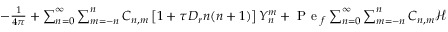
\begin{array} { r } { - \frac { 1 } { 4 \pi } + \sum _ { n = 0 } ^ { \infty } \sum _ { m = - n } ^ { n } C _ { n , m } \left[ 1 + \tau D _ { r } n ( n + 1 ) \right] Y _ { n } ^ { m } + \mathrm { ~ P ~ e ~ } _ { f } \sum _ { n = 0 } ^ { \infty } \sum _ { m = - n } ^ { n } C _ { n , m } \mathcal { H } ( Y _ { n } ^ { m } ) = 0 . } \end{array}